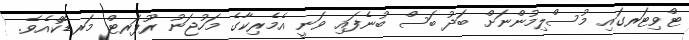
ޓްވިޓަރގައި މުސްލިމުންނަށް ބަދު ބަސް ބުނެފައި ވަނީ އެމެރިކާގެ މަހުޖަނު ރޫޕަރޓް މަރޑޮކްއެވެ.